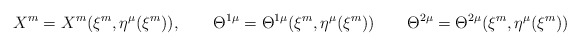
\begin{align*}X^m = X^m (\xi^m, \eta^\mu (\xi^m)), \qquad \Theta^{1\mu} =\Theta^{1\mu} (\xi^m, \eta^\mu (\xi^m)) \qquad \Theta^{2\mu} =\Theta^{2\mu} (\xi^m, \eta^\mu (\xi^m))\end{align*}